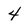
Character: 4